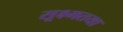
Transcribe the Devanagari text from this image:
सूक्ष्मतया